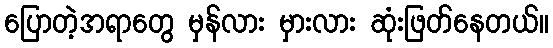
ပြောတဲ့အရာတွေ မှန်လား မှားလား ဆုံးဖြတ်နေတယ်။